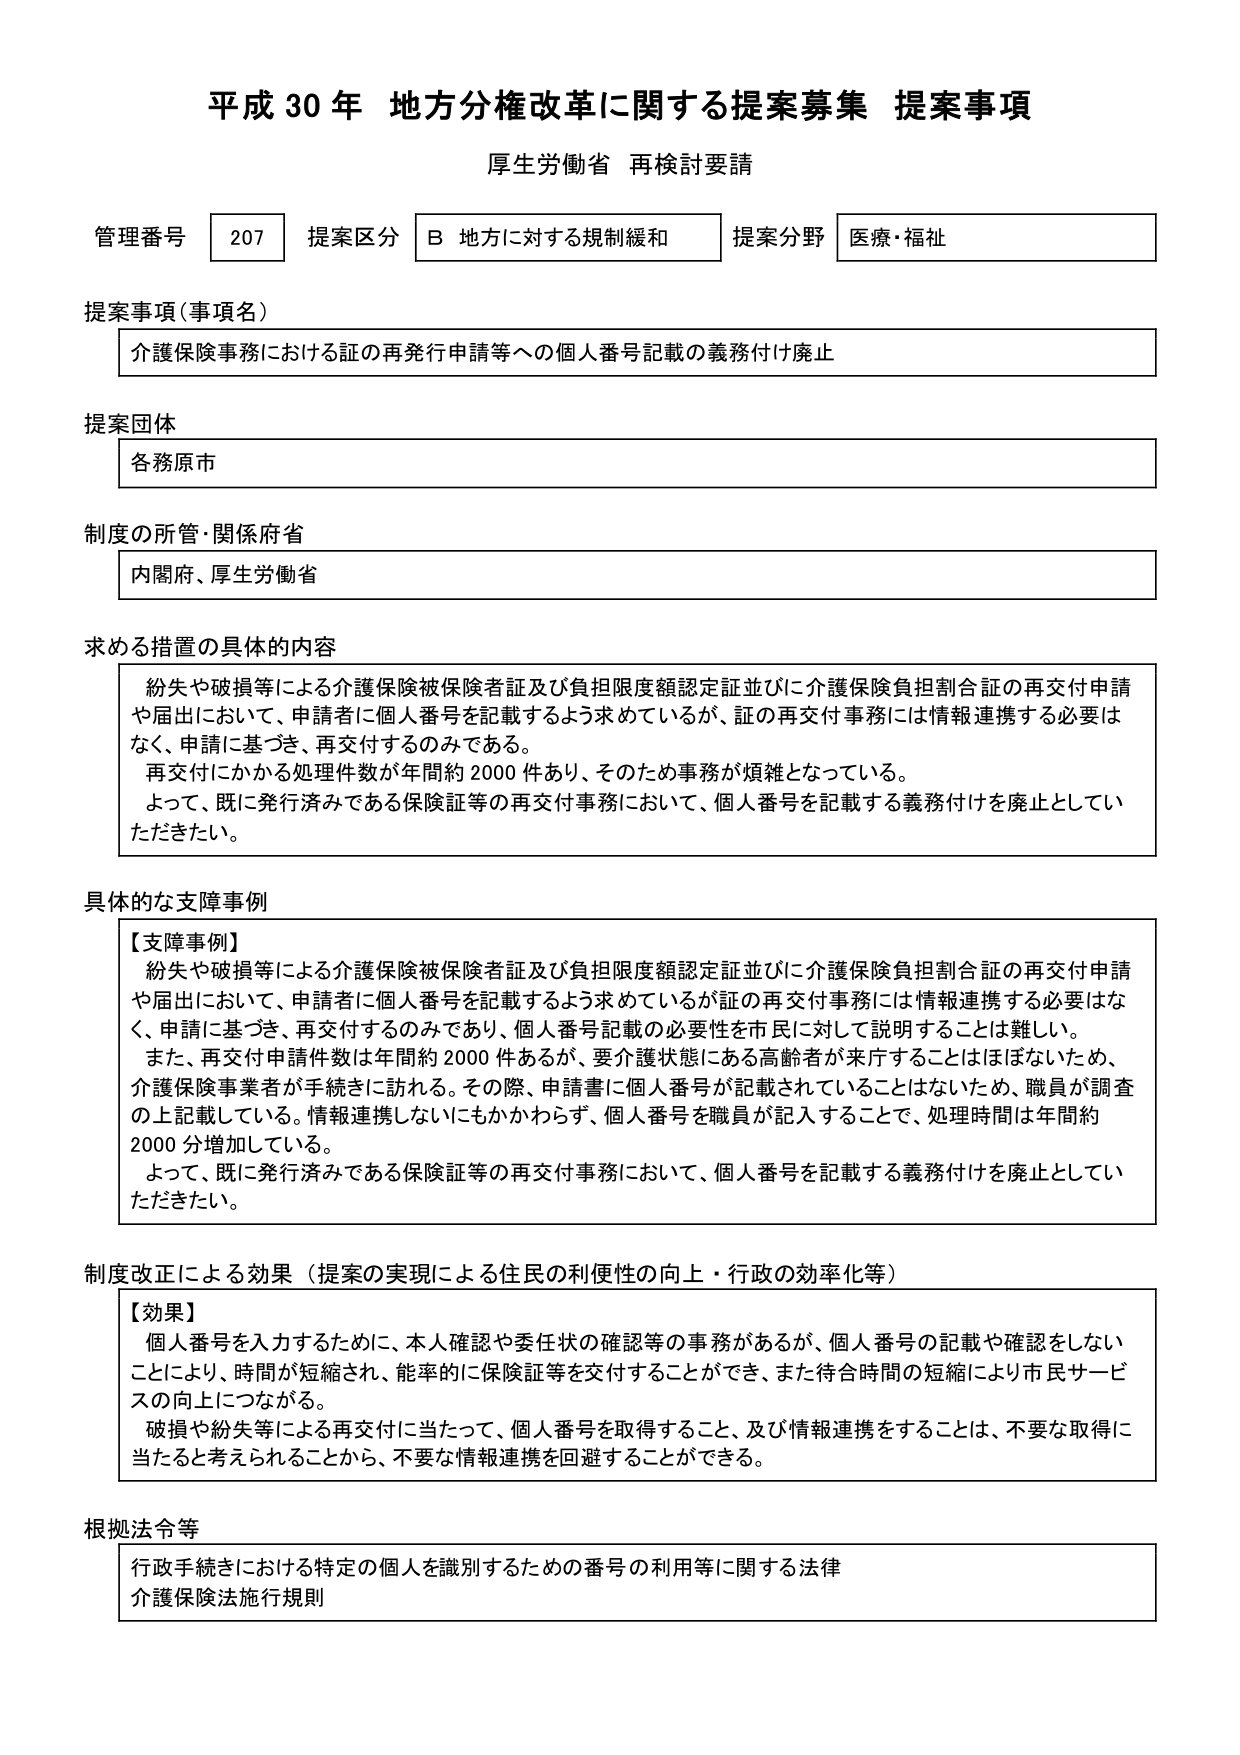
平成30年 地方分権改革に関する提案募集 提案事項
厚生労働省 再検討要請

管理番号 207 提案区分 B 地方に対する規制緩和 提案分野 医療・福祉

提案事項（事項名）
介護保険事務における証の再発行申請等への個人番号記載の義務付け廃止

提案団体
各務原市

制度の所管・関係府省
内閣府、厚生労働省

求める措置の具体的な内容
紛失や破損等による介護保険被保険者証及び負担限度額認定証並びに介護保険負担割合証の再交付申請や届出において、申請者に個人番号を記載するよう求めているが、証の再交付事務には情報連携する必要はなく、申請に基づき、再交付するのみである。
再交付にかかる処理件数が年間約2000件あり、そのため事務が煩雑となっている。
よって、既に発行済みである保険証等の再交付事務において、個人番号を記載する義務付けを廃止していただきたい。

具体的な支障事例
【支障事例】
紛失や破損等による介護保険被保険者証及び負担限度額認定証並びに介護保険負担割合証の再交付申請や届出において、申請者に個人番号を記載するよう求めているが証の再交付事務には情報連携する必要はなく、申請に基づき、再交付するのみであり、個人番号記載の必要性を市民に対して説明することは難しい。
また、再交付申請件数は年間約2000件あるが、要介護状態にある高齢者が来庁することはほぼないため、介護保険事業者が手続きに訪れる。その際、申請書に個人番号が記載されていることはないため、職員が調査の上記載している。情報連携しないにもかかわらず、個人番号を職員が記入することで、処理時間は年間約2000分増加している。
よって、既に発行済みである保険証等の再交付事務において、個人番号を記載する義務付けを廃止していただきたい。

制度改正による効果（提案の実現による住民の利便性の向上・行政の効率化等）
【効果】
個人番号を入力するために、本人確認や委任状の確認等の事務があるが、個人番号の記載や確認をしないことにより、時間が短縮され、能率的に保険証等を交付することができ、また待合時間の短縮により市民サービスの向上につながる。
破損や紛失等による再交付に当たって、個人番号を取得すること、及び情報連携をすることは、不要な取得に当たると考えられることから、不要な情報連携を回避することができる。

根拠法令等
行政手続における特定の個人を識別するための番号の利用等に関する法律
介護保険法施行規則